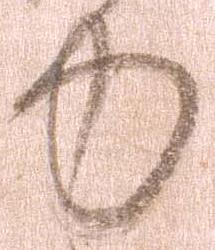
力